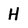
Character: H